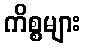
ကိစ္စများ